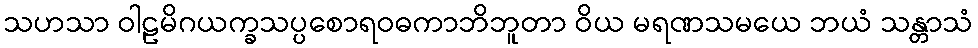
သဟသာ ဝါဠမိဂယက္ခသပ္ပစောရဝဓကာဘိဘူတာ ဝိယ မရဏသမယေ ဘယံ သန္တာသံ